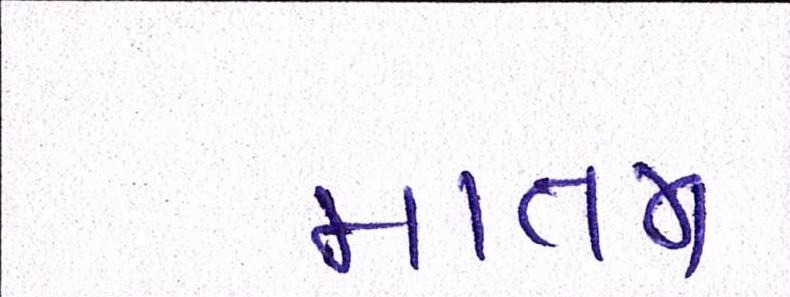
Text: માતમ